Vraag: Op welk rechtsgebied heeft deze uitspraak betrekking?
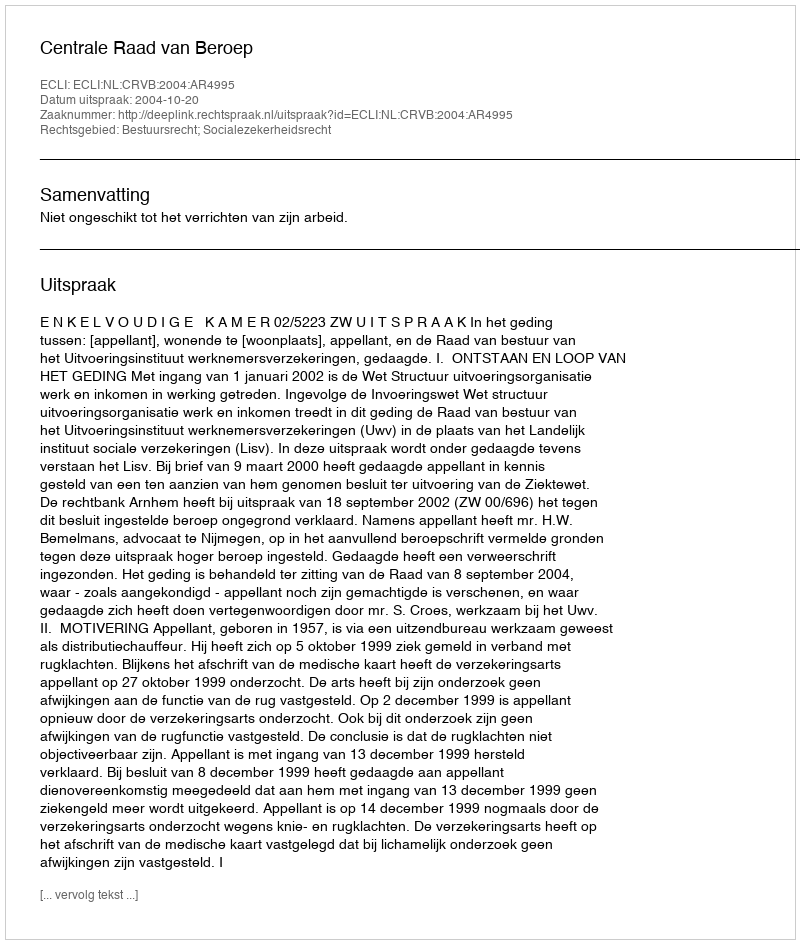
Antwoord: Bestuursrecht; Socialezekerheidsrecht